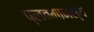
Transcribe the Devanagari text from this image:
प्लवमानस्य